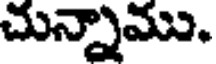
చున్నాము.